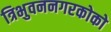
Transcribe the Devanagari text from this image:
त्रिभुवननगरकोको